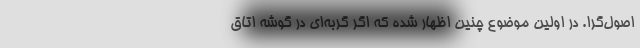
اصول‌گرا. در اولین موضوع چنین اظهار شده که اگر گربه‌ای در گوشه اتاق